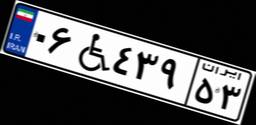
۰۶W۴۳۹۵۳